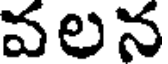
వలన